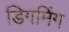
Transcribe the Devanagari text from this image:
डिगमिंग